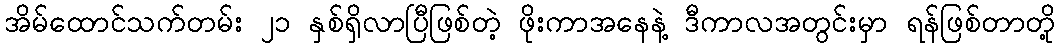
အိမ်ထောင်သက်တမ်း ၂၁ နှစ်ရှိလာပြီဖြစ်တဲ့ ဖိုးကာအနေနဲ့ ဒီကာလအတွင်းမှာ ရန်ဖြစ်တာတို့